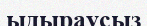
ыдыраусыз